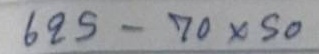
625 - 70x50